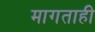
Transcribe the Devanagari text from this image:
मागताही